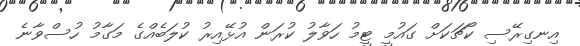
އިނގިރޭސި ކޯޗަކަށް ގައުމީ ޓީމު ހަވާލު ކުރަން އުޅޭއިރު ކުލަބެއްގެ މަގާމު ހުސްވާނެ